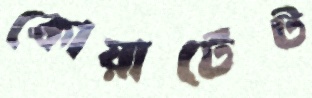
কোয়ার্টেট